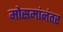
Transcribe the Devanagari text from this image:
मोसमांनंतर